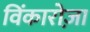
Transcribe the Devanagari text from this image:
विंकारोज़ा